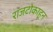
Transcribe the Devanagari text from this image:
राजटोकाहून